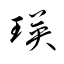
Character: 瑛